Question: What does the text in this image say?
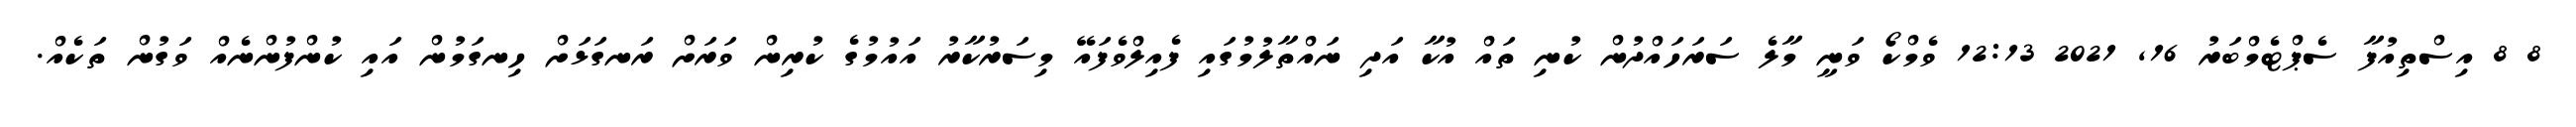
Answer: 8 8 އިސްތިއުފާ ސެޕްޓެމްބަރު 16, 2021 12:13 ވެމްކޯ ވަނީ މާލެ ސަރަހައްދުން ކުނި ތައް އުކާ އަދި ނައްތާލުމުގައި ފެއިލްވެފައޭ މިސަރުކާރު އައުމުގެ ކުރިން ވަރަށް ރަނގަޅަށް ހިނގަމުން އައި ކުންފުންނެއް ވަގުން ތަކެއް.